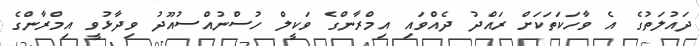
ދައުލަތުގެ އެ ވާހަކަތަކަށް ރައްދު ދެއްވައިި އިމްރާންގެ ވަކީލް ހުސްނުއްސުއޫދު ވިދާޅުވީ އިމްރާންގެ